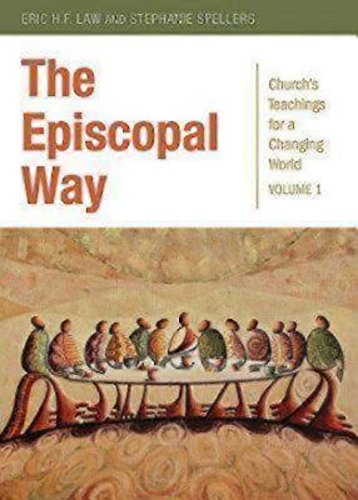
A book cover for The Episcopal Way: Church's Teachings for a Changing World Series: Volume 1; Christian Books & Bibles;